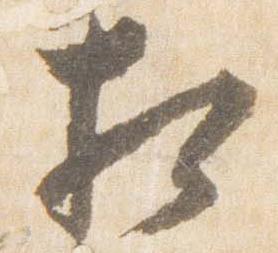
相